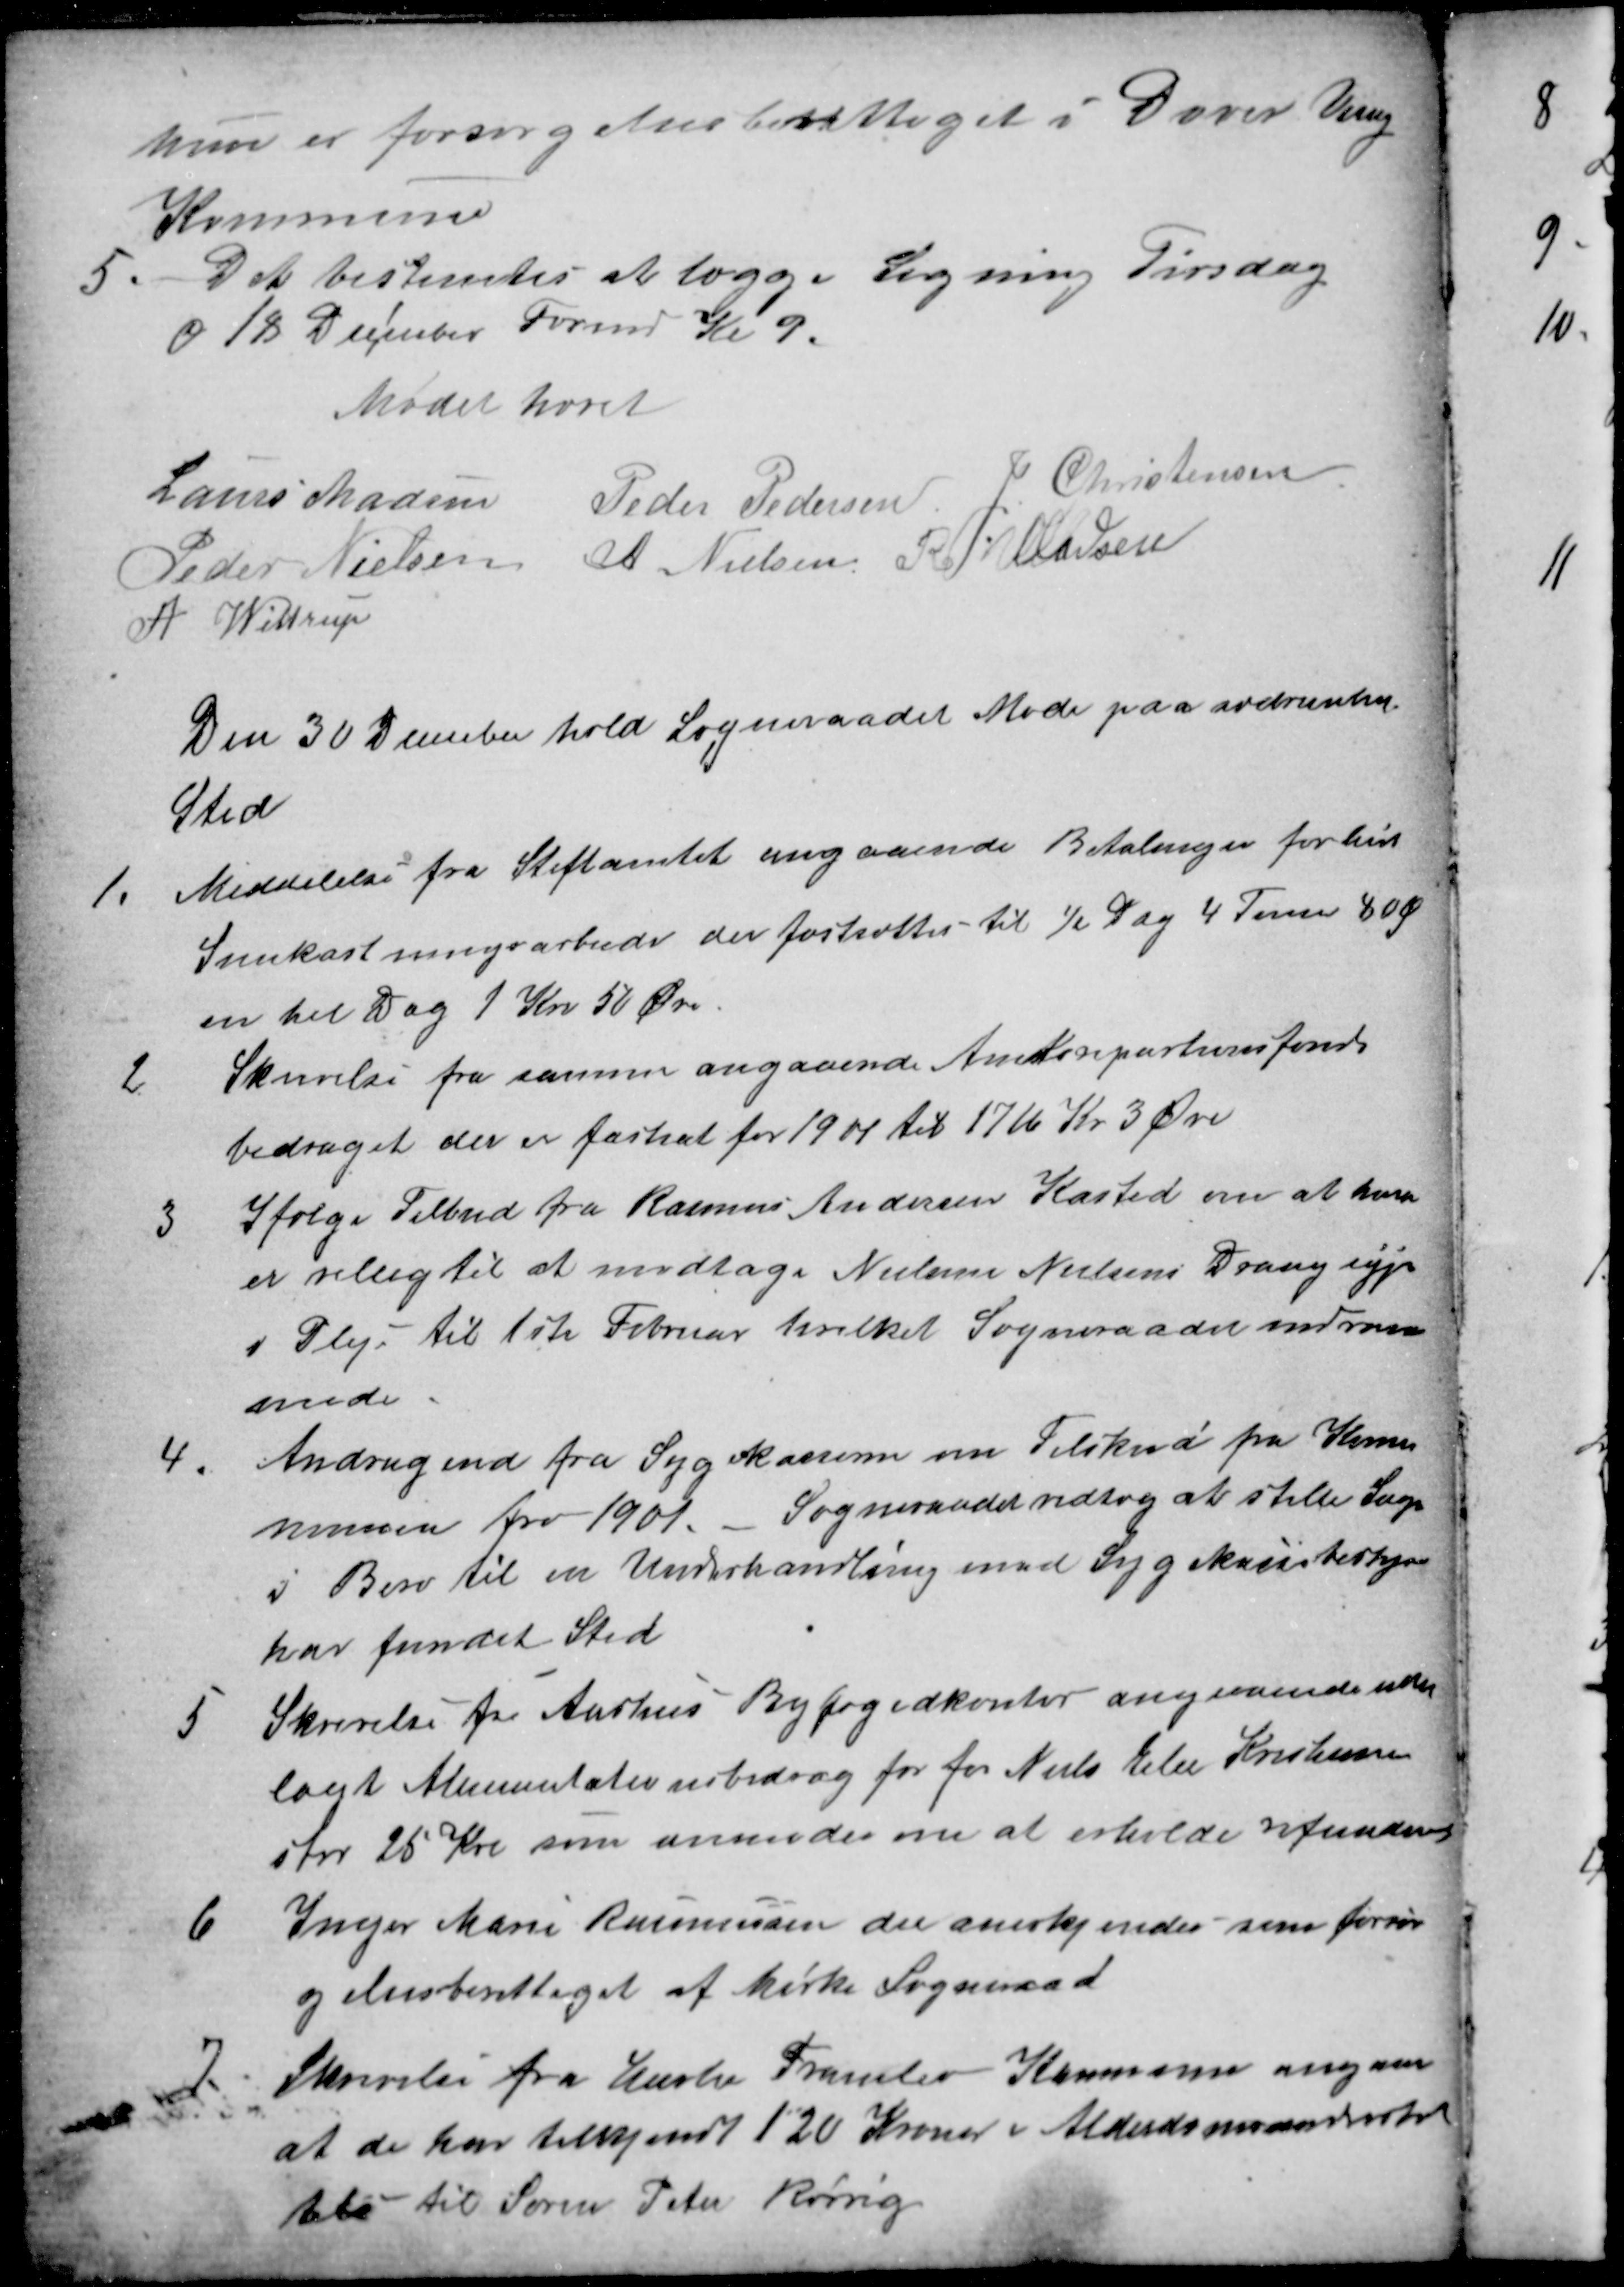
Transskription:
hun er forsørgelsesberettiget i Dover Veng
Kommune
5. Det bestemtes at lægge Ligning Tirsdag
d 18 December Formd Kl 9.
Mødet hævet
Laurs Madsen Peder Pedersen J. Christensen
Peder Nielsen A Nielsen R. Villadsen
A. Wittrup
Den 30 December hold Sogneraadet Møde paa sædvanlig
Sted
1.
Meddelelse fra Stiftamtet angaaende Betalingen for hvert
Snekastningsarbeide der fastsættes til ½ Dag 4 Timer 80 Ø
en hel Dag 1 Kr 50 Øre.
2
Skrivelse fra samme angaaende Amtsrepartionsfonds
bidraget der er fastsat for 1901 til 1716 Kr 3 Øre
3
Ifølge Tilbud fra Rasmus Andersen Kasted om at han
er villig til at modtage Nielsine Nielsens Dreng syge
i Pleje til 1ste Februar hvilket Sogneraadet indrøm
mede
4.
Andragend fra Sygekasserne om Tilskud fra Kom-
munen fra 1901. Sogneraadet vedtog at stille Sagen
i Bero til en Underhandling med Sygekassebestyren
har fundet Sted
5. Skrivelse fra Aarhus Byfogedkontor angaaende ud-
lagt Alimentationsbidrag for for Niels Eiler Kristensen
stor 25 Kr som anmodes om at erholde refunderet
6
Inger Marie Rasmussen der anerkjendes sin forsør
gelsesberettiget af Hiske Sogneraad
7.
Skrivelse fra Harlev Framlev Kommune angaaen
at de har tilkjendt 120 Kroner i Alderdomsunderstøt
telse til Søren Peter Rørvig